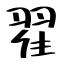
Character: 翟